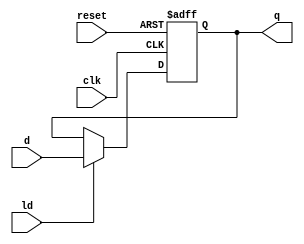
`timescale 1ns / 1ps
//****************************************************************//
//                                                                //
//  Created by       Thomas Nguyen on 3/26/19.                    //
//  Copyright c 2019 Thomas Nguyen. All rights reserved.          //
//                                                                //
//                                                                //
//  In submitting this file for class work at CSULB               //
//  I am confirming that this is my work and the work             //
//  of no one else. In submitting this code I acknowledge that    //
//  plagiarism in student project work is subject to dismissal.   //
//  from the class                                                //
//****************************************************************//
module LD_reg(clk, reset, ld, d, q);

   input            clk, reset, ld;
   input      [7:0] d;
   output reg [7:0] q;

   //Sequential Block. If load is set, output gets input else stays the same
   always@(posedge clk, posedge reset)
      if(reset)    q <= 8'b0;
      else if(ld)  q <= d;
      else         q <= q;

endmodule